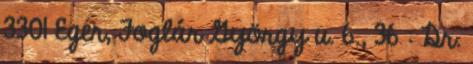
3301 Eger, Foglár György u. 6., 36 : Dr.